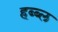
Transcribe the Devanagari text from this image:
हब्ब्ल